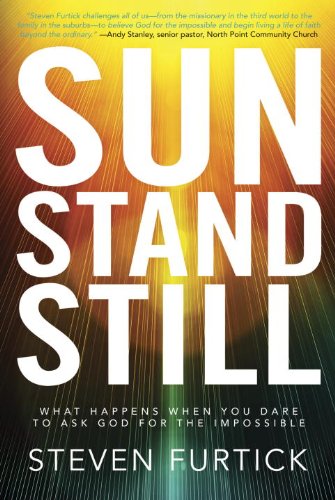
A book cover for Sun Stand Still: What Happens When You Dare to Ask God for the Impossible; Steven Furtick; Christian Books & Bibles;